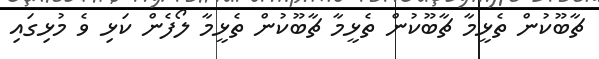
ޗާބޫކުން ތެޅީމާ ޗާބޫކުން ތެޅީމާ ޗާބޫކުން ތެޅީމާ ލޯފެން ކަޅި ވެ މުޅިގައި